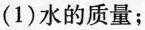
(1)水的质量；